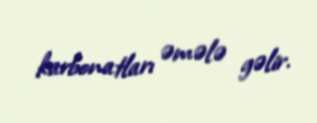
karbonatları əmələ gəlir.